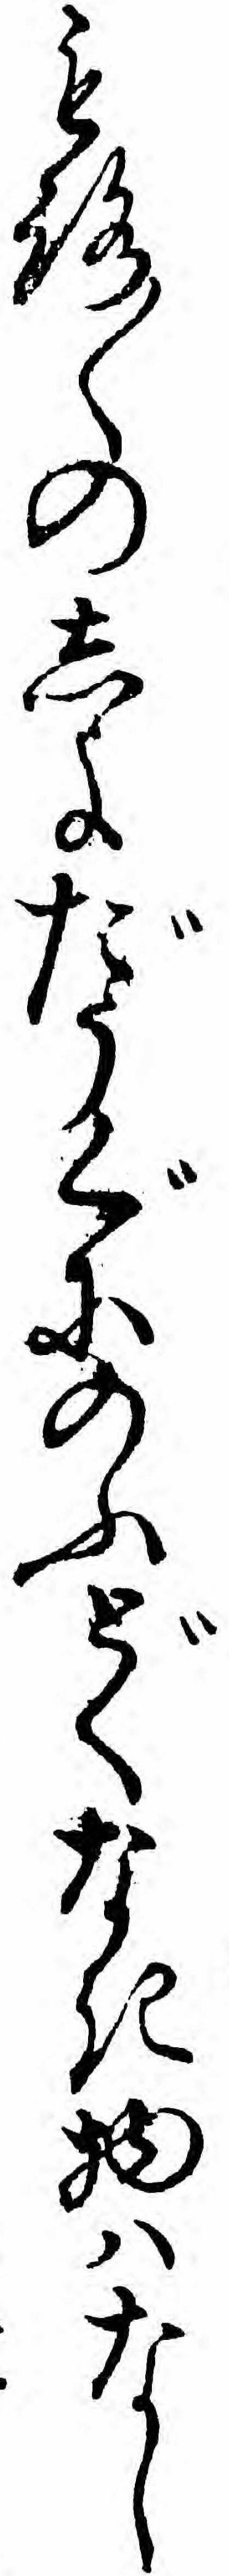
もろ〱のしよだうぐにのふどくなき物ハなし